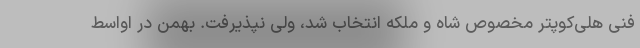
فنی هلی‌کوپتر مخصوص شاه و ملکه انتخاب شد، ولی نپذیرفت. بهمن در اواسط